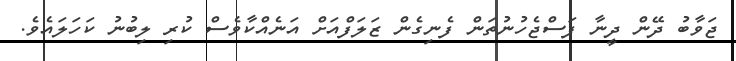
ޖަވާބު ދޭން ދީނާ ފަސްޖެހުނުތަން ފެނިގެން ޒަލަފްއަށް އަނެއްކާވެސް ކުރި ލިބުނު ކަހަލައެވެ.